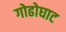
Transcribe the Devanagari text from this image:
गोढोघाट